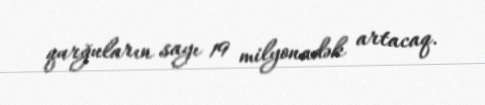
qurğuların sayı 19 milyonadək artacaq.